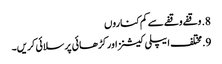
8. وقفے وقفے سے کم کناروں
9. مختلف ایپلی کیشنز اور کڑھائی پر سلائی کریں۔